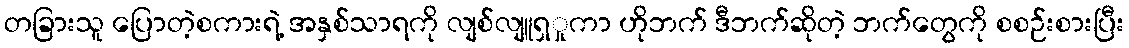
တခြားသူ ပြောတဲ့စကားရဲ့ အနှစ်သာရကို လျစ်လျူရှှုကာ ဟိုဘက် ဒီဘက်ဆိုတဲ့ ဘက်တွေကို စစဉ်းစားပြီး